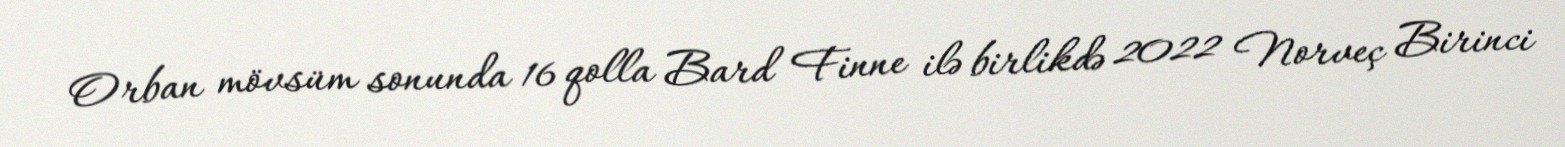
Orban mövsüm sonunda 16 qolla Bard Finne ilə birlikdə 2022 Norveç Birinci